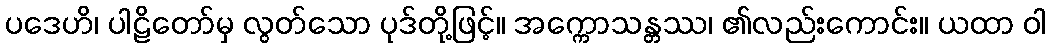
ပဒေဟိ၊ ပါဠိတော်မှ လွတ်သော ပုဒ်တို့ဖြင့်။ အက္ကောသန္တဿ၊ ၏လည်းကောင်း။ ယထာ ဝါ